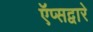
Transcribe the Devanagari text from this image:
ऍप्सद्वारे